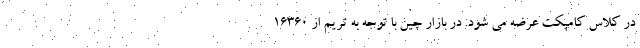
در کلاس کامپکت عرضه می شود. در بازار چین با توجه به تریم از 16360